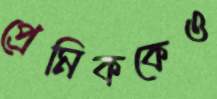
প্রেমিককেও